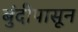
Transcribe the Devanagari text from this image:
बुंदीपासून